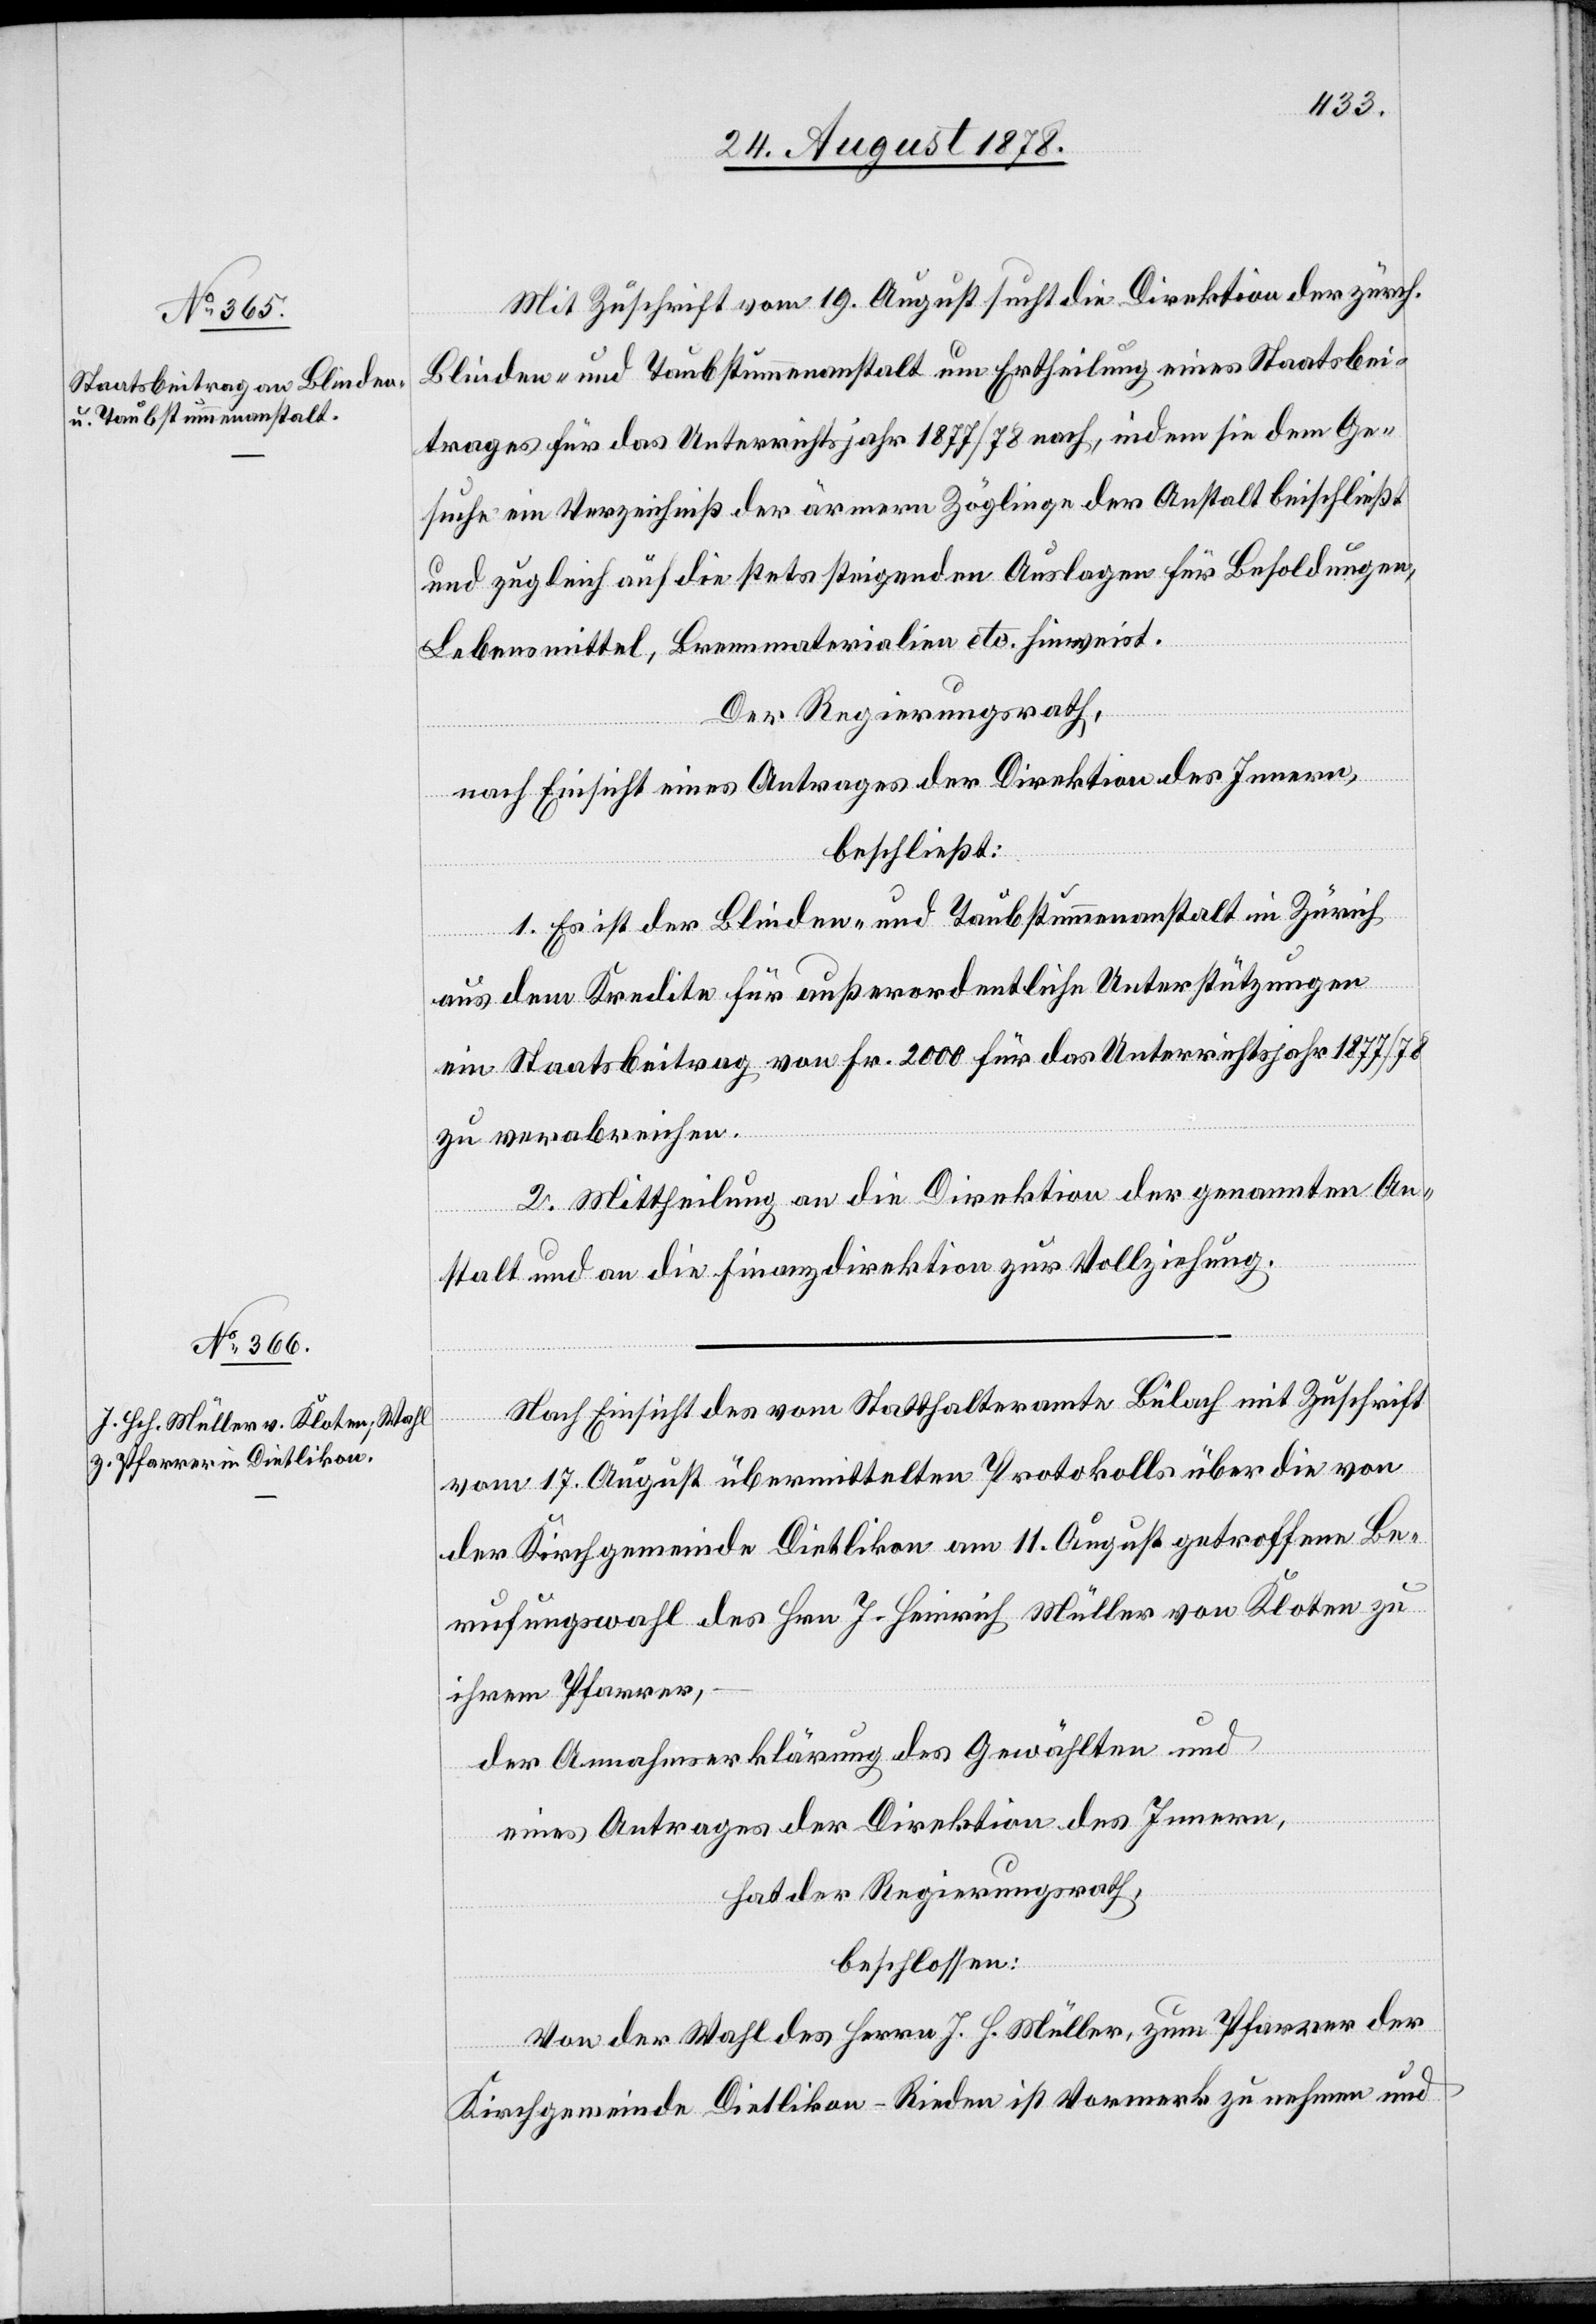
Mit Zuschrift vom 19. August sucht die Direktion der zürch.
Blinden- und Taubstummenanstalt um Ertheilung eines Staatsbei¬
trages für das Unterrichtsjahr 1877/78 nach, indem sie dem Ge¬
suche ein Verzeichniß der ärmern Zöglinge der Anstalt beischließt
und zugleich auf die stets steigenden Auslagen für Besoldungen,
Lebensmittel, Brennmaterialien etc. hinweist.
Der Regierungsrath,
nach Einsicht eines Antrages der Direktion des Innern,
beschließt:
1. Es ist der Blinden- und Taubstummenanstalt in Zürich
aus dem Kredite für außerordentliche Unterstützungen
ein Staatsbeitrag von Fr. 2000 für das Unterrichtsjahr 1877/78
zu verabreichen.
2. Mittheilung an die Direktion der genannten An¬
stalt und an die Finanzdirektion zur Vollziehung.
Nach Einsicht des vom Statthalteramt Bülach mit Zuschrift
vom 17. August übermittelten Protokolls über die von
der Kirchgemeinde Dietlikon am 11. August getroffene Be¬
rufungswahl des Hrn. J. Heinrich Müller von Kloten zu
ihrem Pfarrer,
der Annahmserklräung des Gewählten und
eines Antrages der Direktion des Innern,
hat der Regierungsrath,
beschlossen:
Von der Wahl des Herrn J. H. Müller, zum Pfarrer der
Kirchgemeinde Dietlikon-Rieden ist Vormerk zu nehmen und